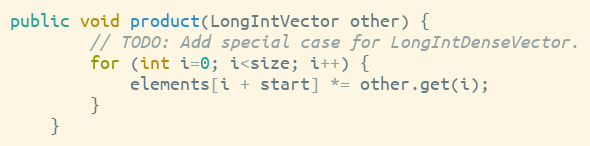
Language: Java
public void product(LongIntVector other) {
        // TODO: Add special case for LongIntDenseVector.
        for (int i=0; i<size; i++) {
            elements[i + start] *= other.get(i);
        }
    }